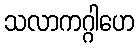
သလာကဂ္ဂါဟေ